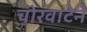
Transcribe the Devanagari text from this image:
चोरवाटेने